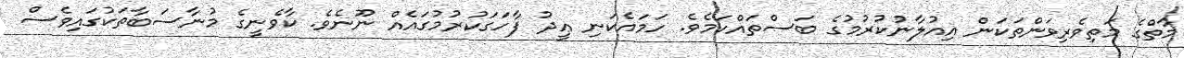
މާތްގެ މަތިވެރިވަންތަކަން އިއުލާނުކުރުމުގެ ބަސްތައްކަމެވެ. ހަމައެކަނި ޢީދު ފާހަގަކުރުމުގައެއް ނޫނެވެ. ކާވެނީގެ މުނާސަބާތަކުގައިވެސް